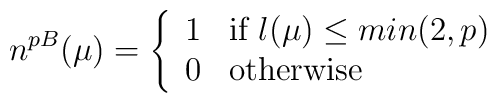
n^{pB}(\mu)=\left\{ \begin{array}{ll}1&\mbox{if $l(\mu)\leq min(2,p)$}\\0 & \mbox{otherwise}\end{array}\right.